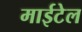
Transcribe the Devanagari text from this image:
माईटेल